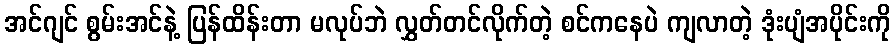
အင်ဂျင် စွမ်းအင်နဲ့ ပြန်ထိန်းတာ မလုပ်ဘဲ လွှတ်တင်လိုက်တဲ့ စင်ကနေပဲ ကျလာတဲ့ ဒုံးပျံအပိုင်းကို